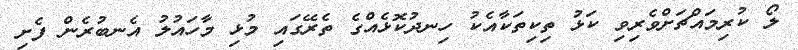
ލޯ ކުރިމައްޗަށްވެރިވި ކަޅު ތިކިތަކާއެކު ހިނދުކޮޅެއްގެ ތެރޭގައި މުޅި މާހައުލު އެނބުރެން ފެށި